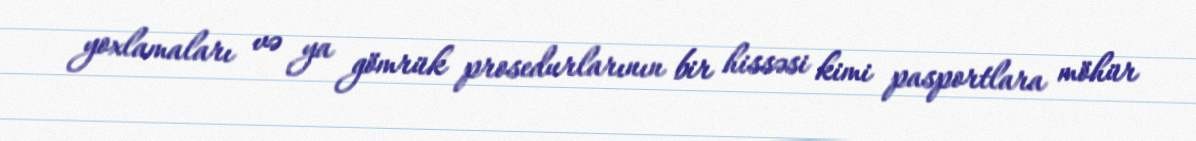
yoxlamaları və ya gömrük prosedurlarının bir hissəsi kimi pasportlara möhür